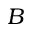
B